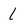
Character: 1